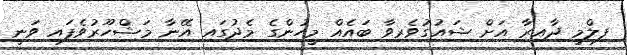
ފިލްމީ ދާއިރާ އަށް ޝައުގުވެރިވާ ބައެއް މީހުންގެ މެދުގައި އޭނާ މަޝްހޫރުވެފައި ވަނީ